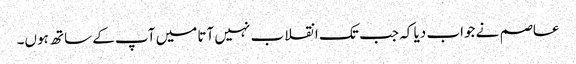
عاصم نے جواب دیا کہ جب تک انقلاب نہیں آتا میں آپ کے ساتھ ہوں۔